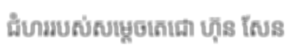
ជំហររបស់សម្តេចតេជោ ហ៊ុន សែន